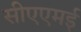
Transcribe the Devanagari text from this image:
सीएएमई